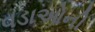
વડાઓની